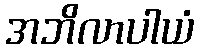
အဘိလာပါယံ